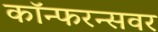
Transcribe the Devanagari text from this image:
कॉन्फरन्सवर